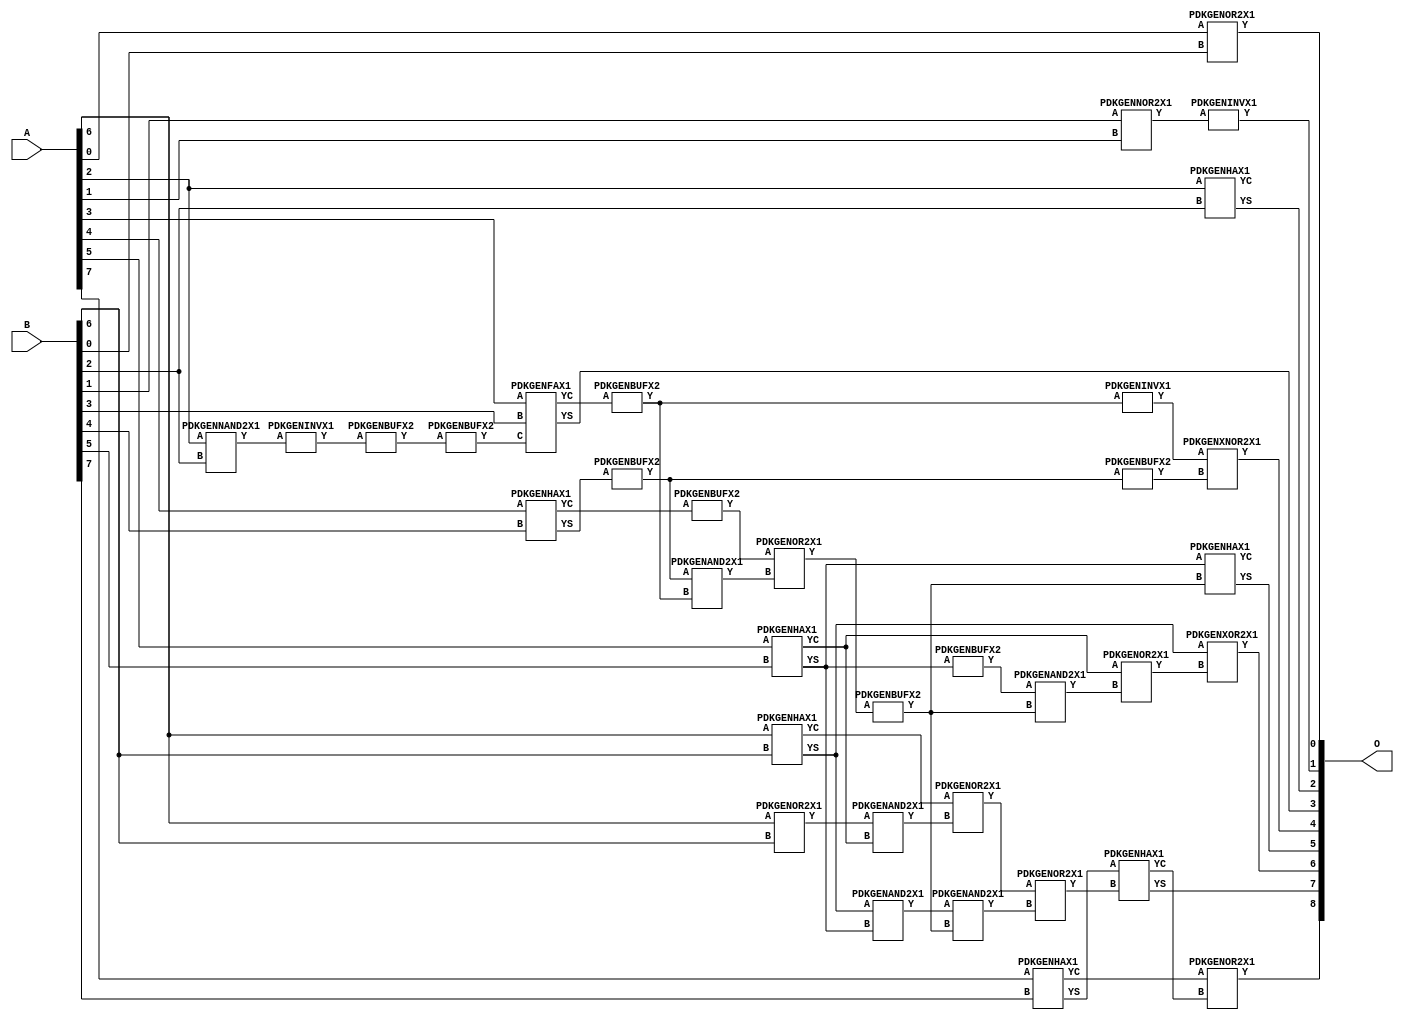
// This program was cloned from: https://github.com/ehw-fit/evoapproxlib
// License: MIT License

/***
* This code is a part of EvoApproxLib library (ehw.fit.vutbr.cz/approxlib) distributed under The MIT License.
* When used, please cite the following article(s): V. Mrazek, R. Hrbacek, Z. Vasicek and L. Sekanina, "EvoApprox8b: Library of approximate adders and multipliers for circuit design and benchmarking of approximation methods". Design, Automation & Test in Europe Conference & Exhibition (DATE), 2017, Lausanne, 2017, pp. 258-261. doi: 10.23919/DATE.2017.7926993 
* This file contains a circuit from a sub-set of pareto optimal circuits with respect to the pwr and mre parameters
***/
// MAE% = 0.16 %
// MAE = 0.8 
// WCE% = 0.59 %
// WCE = 3.0 
// WCRE% = 50.00 %
// EP% = 43.75 %
// MRE% = 0.40 %
// MSE = 1.5 
// PDK45_PWR = 0.024 mW
// PDK45_AREA = 57.3 um2
// PDK45_DELAY = 0.47 ns


module add8u_5QL(A, B, O);
  input [7:0] A;
  input [7:0] B;
  output [8:0] O;
  wire [2031:0] N;
  assign N[0] = A[0];
  assign N[1] = A[0];
  assign N[2] = A[1];
  assign N[3] = A[1];
  assign N[4] = A[2];
  assign N[5] = A[2];
  assign N[6] = A[3];
  assign N[7] = A[3];
  assign N[8] = A[4];
  assign N[9] = A[4];
  assign N[10] = A[5];
  assign N[11] = A[5];
  assign N[12] = A[6];
  assign N[13] = A[6];
  assign N[14] = A[7];
  assign N[15] = A[7];
  assign N[16] = B[0];
  assign N[17] = B[0];
  assign N[18] = B[1];
  assign N[19] = B[1];
  assign N[20] = B[2];
  assign N[21] = B[2];
  assign N[22] = B[3];
  assign N[23] = B[3];
  assign N[24] = B[4];
  assign N[25] = B[4];
  assign N[26] = B[5];
  assign N[27] = B[5];
  assign N[28] = B[6];
  assign N[29] = B[6];
  assign N[30] = B[7];
  assign N[31] = B[7];
  PDKGENOR2X1 n32(.A(N[12]), .B(N[28]), .Y(N[32]));
  assign N[33] = N[32];
  PDKGENOR2X1 n34(.A(N[0]), .B(N[16]), .Y(N[34]));
  assign N[35] = N[34];
  PDKGENNAND2X1 n36(.A(N[4]), .B(N[20]), .Y(N[36]));
  assign N[37] = N[36];
  PDKGENINVX1 n38(.A(N[37]), .Y(N[38]));
  PDKGENBUFX2 n42(.A(N[38]), .Y(N[42]));
  assign N[43] = N[42];
  PDKGENNOR2X1 n46(.A(N[18]), .B(N[2]), .Y(N[46]));
  PDKGENHAX1 n50(.A(N[4]), .B(N[20]), .YS(N[50]), .YC(N[51]));
  PDKGENBUFX2 n56(.A(N[43]), .Y(N[56]));
  PDKGENFAX1 n58(.A(N[6]), .B(N[22]), .C(N[56]), .YS(N[58]), .YC(N[59]));
  PDKGENHAX1 n68(.A(N[8]), .B(N[24]), .YS(N[68]), .YC(N[69]));
  PDKGENBUFX2 n76(.A(N[68]), .Y(N[76]));
  assign N[77] = N[76];
  PDKGENHAX1 n78(.A(N[10]), .B(N[26]), .YS(N[78]), .YC(N[79]));
  PDKGENBUFX2 n84(.A(N[59]), .Y(N[84]));
  PDKGENHAX1 n86(.A(N[12]), .B(N[28]), .YS(N[86]), .YC(N[87]));
  PDKGENBUFX2 n92(.A(N[78]), .Y(N[92]));
  PDKGENHAX1 n96(.A(N[14]), .B(N[30]), .YS(N[96]), .YC(N[97]));
  PDKGENINVX1 n110(.A(N[46]), .Y(N[110]));
  PDKGENBUFX2 n122(.A(N[77]), .Y(N[122]));
  PDKGENBUFX2 n126(.A(N[69]), .Y(N[126]));
  assign N[127] = N[126];
  PDKGENAND2X1 n134(.A(N[77]), .B(N[84]), .Y(N[134]));
  PDKGENOR2X1 n152(.A(N[127]), .B(N[134]), .Y(N[152]));
  PDKGENAND2X1 n162(.A(N[33]), .B(N[79]), .Y(N[162]));
  PDKGENAND2X1 n170(.A(N[86]), .B(N[78]), .Y(N[170]));
  assign N[171] = N[170];
  PDKGENOR2X1 n180(.A(N[87]), .B(N[162]), .Y(N[180]));
  PDKGENBUFX2 n198(.A(N[152]), .Y(N[198]));
  assign N[199] = N[198];
  PDKGENAND2X1 n226(.A(N[92]), .B(N[199]), .Y(N[226]));
  PDKGENINVX1 n240(.A(N[84]), .Y(N[240]));
  PDKGENOR2X1 n244(.A(N[79]), .B(N[226]), .Y(N[244]));
  PDKGENAND2X1 n254(.A(N[171]), .B(N[198]), .Y(N[254]));
  PDKGENOR2X1 n272(.A(N[180]), .B(N[254]), .Y(N[272]));
  PDKGENXNOR2X1 n390(.A(N[240]), .B(N[122]), .Y(N[390]));
  assign N[391] = N[390];
  PDKGENHAX1 n394(.A(N[78]), .B(N[198]), .YS(N[394]), .YC(N[395]));
  PDKGENXOR2X1 n404(.A(N[86]), .B(N[244]), .Y(N[404]));
  PDKGENHAX1 n412(.A(N[96]), .B(N[272]), .YS(N[412]), .YC(N[413]));
  PDKGENOR2X1 n422(.A(N[97]), .B(N[413]), .Y(N[422]));
  assign N[423] = N[422];
  assign O[0] = N[35];
  assign O[1] = N[110];
  assign O[2] = N[50];
  assign O[3] = N[58];
  assign O[4] = N[391];
  assign O[5] = N[394];
  assign O[6] = N[404];
  assign O[7] = N[412];
  assign O[8] = N[423];
endmodule


/* mod */
module PDKGENAND2X1(input A, input B, output Y );
     assign Y = A & B;
endmodule
/* mod */
module PDKGENOR2X1(input A, input B, output Y );
     assign Y = A | B;
endmodule
/* mod */
module PDKGENHAX1( input A, input B, output YS, output YC );
    assign YS = A ^ B;
    assign YC = A & B;
endmodule
/* mod */
module PDKGENINVX1(input A, output Y );
     assign Y = ~A;
endmodule
/* mod */
module PDKGENXOR2X1(input A, input B, output Y );
     assign Y = A ^ B;
endmodule
/* mod */
module PDKGENNOR2X1(input A, input B, output Y );
     assign Y = ~(A | B);
endmodule
/* mod */
module PDKGENFAX1( input A, input B, input C, output YS, output YC );
    assign YS = (A ^ B) ^ C;
    assign YC = (A & B) | (B & C) | (A & C);
endmodule
/* mod */
module PDKGENBUFX2(input A, output Y );
     assign Y = A;
endmodule
/* mod */
module PDKGENXNOR2X1(input A, input B, output Y );
     assign Y = ~(A ^ B);
endmodule
/* mod */
module PDKGENNAND2X1(input A, input B, output Y );
     assign Y = ~(A & B);
endmodule